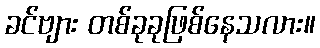
ခင်ဗျား တစ်ခုခုဖြစ်နေသလား။